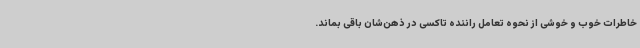
خاطرات خوب و خوشی از نحوه تعامل راننده تاکسی در ذهن‌شان باقی بماند.